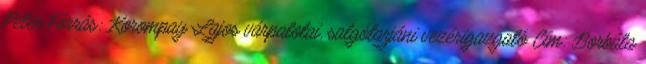
Péter Forrás: Korompay Lajos várpalotai, salgótarjáni vezérigazgató Cím: Borbála